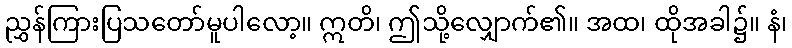
ညွှန်ကြားပြသတော်မူပါလော့။ ဣတိ၊ ဤသို့လျှောက်၏။ အထ၊ ထိုအခါ၌။ နံ၊